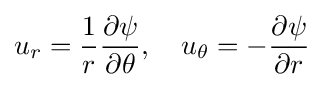
u_{r}={\frac {1}{r}}{\frac {\partial \psi }{\partial \theta }},\quad u_{\theta }=-{\frac {\partial \psi }{\partial r}}